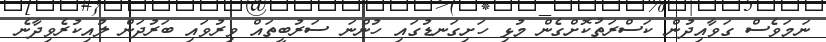
ނަމަވެސް ގަވާއިދުން ކަސްރަތުކޮށްގެން މުޅި ހަށިގަނޑުގައި ހުންނަ ސަރުބީތައް ވިރުވައި ބަރުދަން ލުއިކުރެވިދާނެ